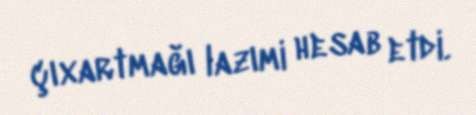
çıxartmağı lazımi hesab etdi.